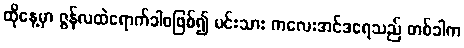
ထိုနေ့မှာ ဇွန်လထဲရောက်ခါစဖြစ်၍ မင်းသား ကလေးအင်ဒရေသည် တစ်ခါက